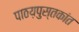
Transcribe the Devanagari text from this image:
पाठय़पुस्तकांत